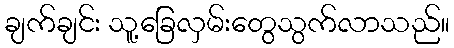
ချက်ချင်း သူ့ခြေလှမ်းတွေသွက်လာသည်။